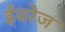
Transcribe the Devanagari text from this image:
ईवरेज